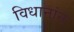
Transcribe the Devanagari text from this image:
विधानांन